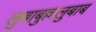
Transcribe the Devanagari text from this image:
लुबाबुल्ललुबाब